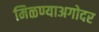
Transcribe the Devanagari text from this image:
मिळण्याअगोदर